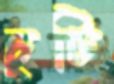
চুটি